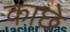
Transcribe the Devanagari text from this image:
काछे